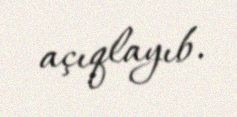
açıqlayıb.